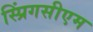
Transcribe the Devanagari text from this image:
स्प्रिंगसीएम